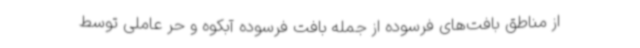
از مناطق بافت‌های فرسوده از جمله بافت فرسوده آبکوه و حر عاملی توسط